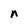
Character: n